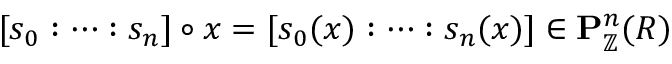
[ s _ { 0 } : \cdots : s _ { n } ] \circ x = [ s _ { 0 } ( x ) : \cdots : s _ { n } ( x ) ] \in \mathbf { P } _ { \mathbb { Z } } ^ { n } ( R )